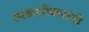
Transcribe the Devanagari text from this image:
त्पळशीकरांनी